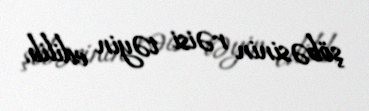
şöbəsinin rəisi təyin edilib.